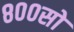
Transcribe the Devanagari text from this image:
८००सो